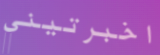
اخبرتيني